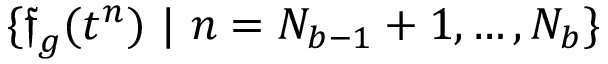
\{ \boldsymbol { \mathfrak { f } } _ { g } ( t ^ { n } ) \ | \ n = N _ { b - 1 } + 1 , \dots , N _ { b } \}